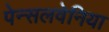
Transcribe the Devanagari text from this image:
पेन्सलवेनिया